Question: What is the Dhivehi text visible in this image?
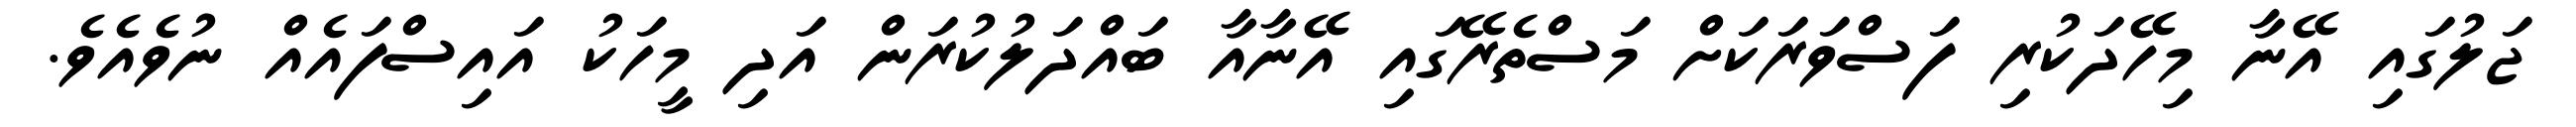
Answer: ޖަލުގައި އޭނާ މިހޭދަކުރި ފަސްވަރަކަށް މަސްތެރޭގައި އޭނާއާ ބައްދަލުކުރަން އަދި މީހަކު އައިސްފައެއް ނުވެއެވެ.